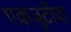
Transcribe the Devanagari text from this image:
एकजुटीचा